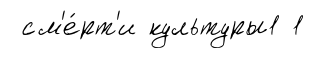
см'е́рт'и культуры1 1